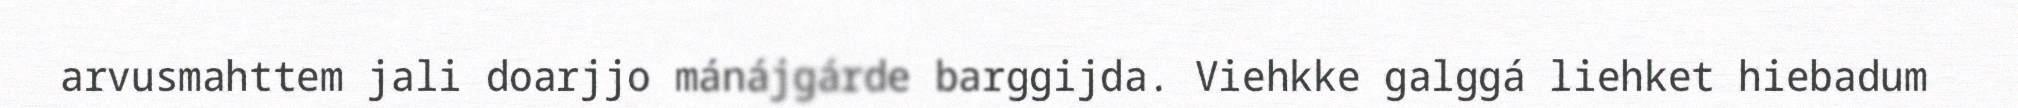
arvusmahttem jali doarjjo mánájgárde barggijda. Viehkke galggá liehket hiebadum